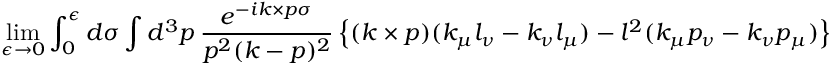
\operatorname * { l i m } _ { \epsilon \to 0 } \int _ { 0 } ^ { \epsilon } d \sigma \int d ^ { 3 } p ~ \frac { e ^ { - i k \times p \sigma } } { p ^ { 2 } ( k - p ) ^ { 2 } } \left\{ ( k \times p ) ( k _ { \mu } l _ { \nu } - k _ { \nu } l _ { \mu } ) - l ^ { 2 } ( k _ { \mu } p _ { \nu } - k _ { \nu } p _ { \mu } ) \right\} = 0 .